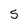
Character: 5